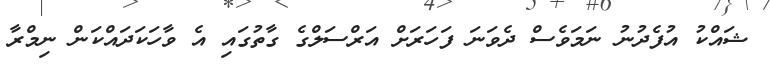
ޝައްކު އުފެދުނު ނަމަވެސް ދެވަނަ ފަހަރަށް އަރްސަލްގެ ގާތުގައި އެ ވާހަކަދައްކަން ނިމްރާ